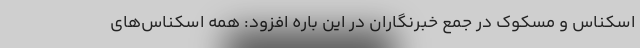
اسکناس و مسکوک در جمع خبرنگاران در این باره افزود: همه اسکناس‌های